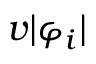
\boldsymbol { v } \vert \varphi _ { i } \vert